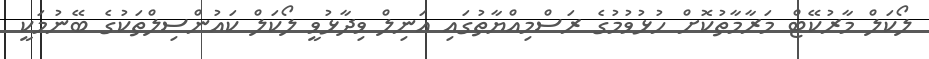
ލޯކަލް މާރުކޭޓް މަރާމާތުކޮށް ހުޅުވުމުގެ ރަސްމިއްޔާތުގައި އަނިލް ވިދާޅުވީ ލޯކަލް ކައުންސިލްތަކުގެ ބޭނުމަކީ